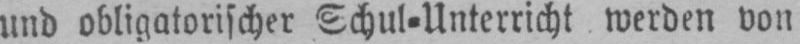
und obligatorischer Schul⸗Unterricht werden von,